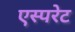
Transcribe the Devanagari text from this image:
एस्परेट